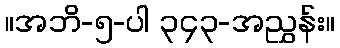
။အဘိ-၅-ပါ ၃၄၃-အညွှန်း။